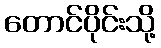
တောင်ပိုင်းသို့